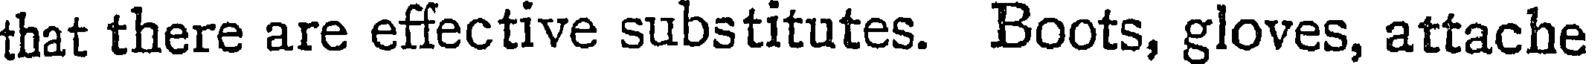
that there are effective substitutes. Boots, gloves, attache